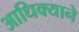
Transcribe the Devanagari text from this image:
आधिक्याने